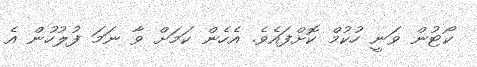
ކޯޓުން ވަނީ ހުކުމް ކޮށްފައެވެ. އެހެން ކަމަށް ވާ ނަމަ ފުލުހުން އެ